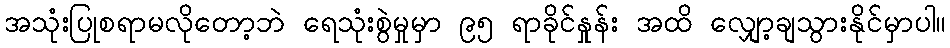
အသုံးပြုစရာမလိုတော့ဘဲ ရေသုံးစွဲမှုမှာ ၉၅ ရာခိုင်နှုန်း အထိ လျှော့ချသွားနိုင်မှာပါ။